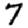
Digit: 7